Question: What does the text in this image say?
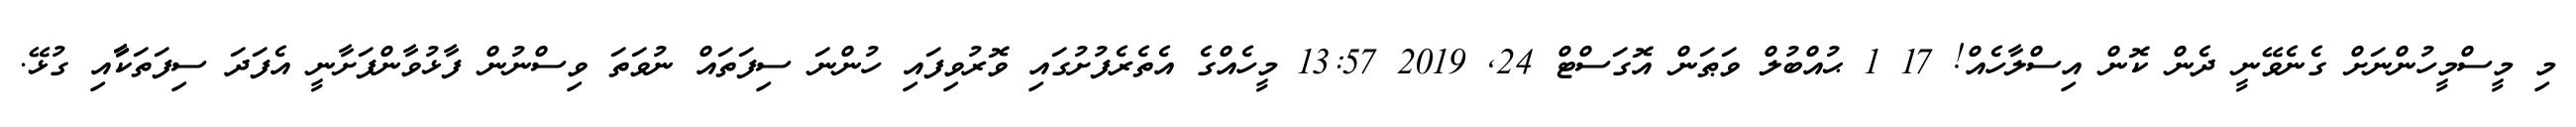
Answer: މި މީސްމީހުންނަށް ގެނެވޭނީ ދެން ކޮން އިސްލާހެއް! 17 1 ޙުއްބުލް ވަޠަން އޮގަސްޓް 24, 2019 13:57 މީހެއްގެ އެތެރެފުށުގައި ވޮރުވިފައި ހުންނަ ސިފަތައް ނުވަތަ ވިސްނުން ފާޅުވާންފަށާނީ އެފަދަ ސިފަތަކާާާާއި ގުޅޭ.